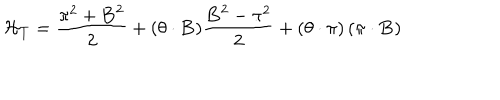
{ \cal H } _ { T } = \frac { { \bf \pi } ^ { 2 } + { \bf B } ^ { 2 } } { 2 } + ( { \bf \theta } \cdot { \bf B } ) \frac { { \bf B } ^ { 2 } - { \bf \pi } ^ { 2 } } { 2 } + \left( { \bf \theta } \cdot { \bf \pi } \right) \left( { \bf \pi } \cdot { \bf B } \right)